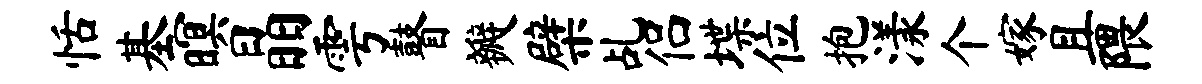
恬基暝晶雩瞽瓣檗乩侣堞位抱漾个嫁且隈